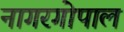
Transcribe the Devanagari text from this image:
नागरगोपाल